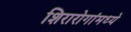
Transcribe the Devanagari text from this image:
शिरारोगांमध्ये